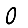
Digit: 0